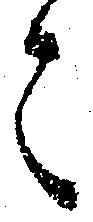
と